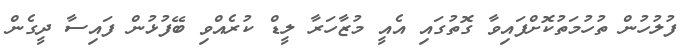
ފުލުހުން ތުހުމަތުކޮށްފައިވާ ގޮތުގައި އެއީ މުޒާހަރާ ލީޑް ކުރެއްވި ބޭފުޅުން ފައިސާ ދީގެން